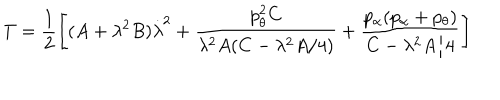
T = \frac { 1 } { 2 } \left[ ( A + \lambda ^ { 2 } B ) \dot { \lambda } ^ { 2 } + \frac { p _ { \theta } ^ { 2 } C } { \lambda ^ { 2 } A ( C - \lambda ^ { 2 } A / 4 ) } + \frac { p _ { \alpha } ( p _ { \alpha } + p _ { \theta } ) } { C - \lambda ^ { 2 } A / 4 } \right]